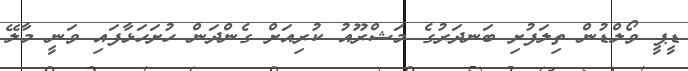
ޑީީޕީ ވޯލްޑުން ތިލަފުށި ބަނދަރުގެ މަޝްރޫއުު ކުރިއަށް ގެންދަން ހުށަހަޅާފައި ވަނީ މާލޭ